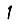
Digit: 1